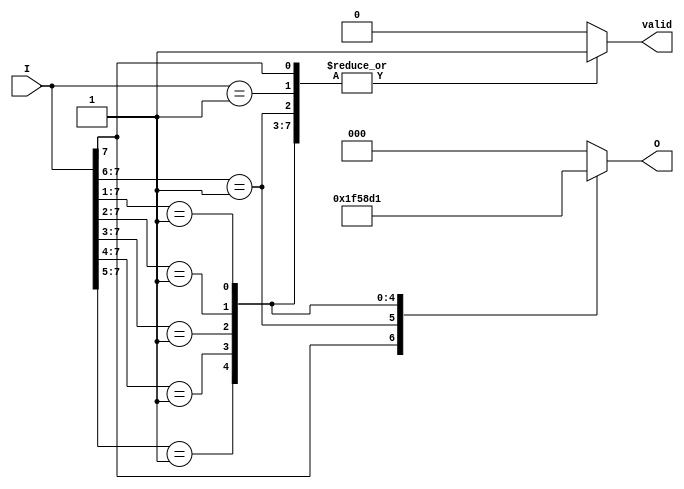
module priority_encoder #(parameter n = 8) (
    input  wire [n-1:0] I,      // Input signals
    output reg  [m-1:0] O,      // Output code
    output reg        valid      // Valid signal
);
    // Calculate the number of bits required for output
    localparam m = $clog2(n);   // Number of bits for output

    always @(*) begin
        valid = 1'b0;            // Default valid signal to low
        O = {m{1'b0}};           // Default output to zero

        // Priority encoding logic
        casez (I)
            n'b1???????: begin O = n-1; valid = 1'b1; end
            n'b01??????: begin O = n-2; valid = 1'b1; end
            n'b001?????: begin O = n-3; valid = 1'b1; end
            n'b0001????: begin O = n-4; valid = 1'b1; end
            n'b00001???: begin O = n-5; valid = 1'b1; end
            n'b000001??: begin O = n-6; valid = 1'b1; end
            n'b0000001?: begin O = n-7; valid = 1'b1; end
            n'b00000001: begin O = n-8; valid = 1'b1; end
            default: begin O = {m{1'b0}}; valid = 1'b0; end
        endcase
    end
endmodule